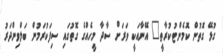
ގުޅޭ ގޮތުން ކޮމެންޓުކުރާތީ" އޭނާއަކީ ވަރަށް ސާދާ މީހެއްގެ ގޮތުގައި ސިފަކުރަމުން ބަލްވިންދަރު